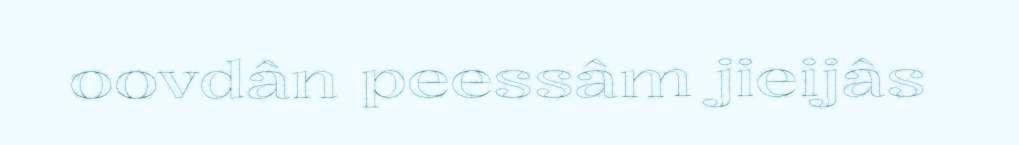
oovdân peessâm jieijâs